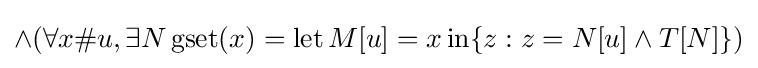
\land (\forall x\#u,\exists N\operatorname {gset} (x)=\operatorname {let} M[u]=x\operatorname {in} \{z:z=N[u]\land T[N]\})